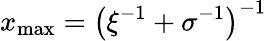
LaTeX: x_{\mathrm{max}}=\left(\xi^{-1}+\sigma^{-1}\right)^{-1}